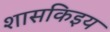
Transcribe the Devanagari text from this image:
शासकिइय